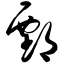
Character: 鄄